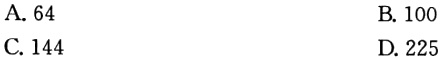
A. 64

B. 100

C. 144

D. 225